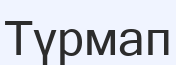
Түрмап